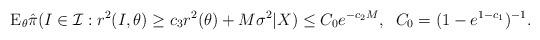
LaTeX: \begin{align*}\mathrm{E}_{\theta}\hat{\pi}(I \in \mathcal{I}: r^2(I,\theta)\ge c_3 r^2(\theta) + M \sigma^2|X) \le C_0 e^{-c_2 M}, \;\;C_0 =(1-e^{1-c_1})^{-1} .\end{align*}